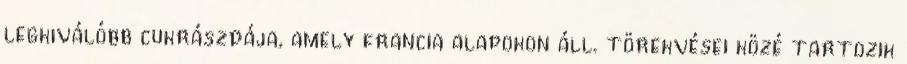
legkiválóbb cukrászdája, amely francia alapokon áll. törekvései közé tartozik